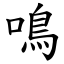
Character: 鳴